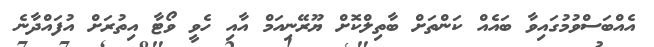
އެއްބަސްވުމުގައިވާ ބައެއް ކަންތަށް ބާތިލްކޮށް ޔޫރޭނިއަމް އާއި ހެވީ ވޯޓާ އިތުރަށް އުފައްދާނެ